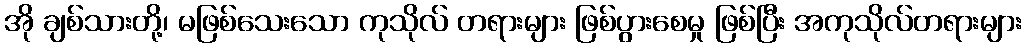
အို ချစ်သားတို့၊ မဖြစ်သေးသော ကုသိုလ် တရားများ ဖြစ်ပွားစေမှု ဖြစ်ပြီး အကုသိုလ်တရားများ